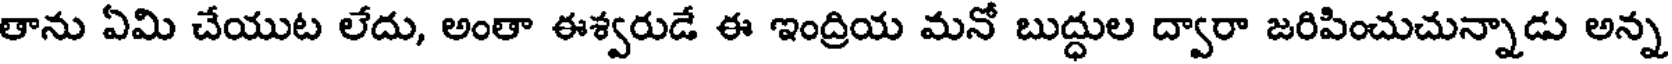
తాను ఏమి చేయుట లేదు, అంతా ఈశ్వరుడే ఈ ఇంద్రియ మనో బుద్ధుల ద్వారా జరిపించుచున్నాడు అన్న